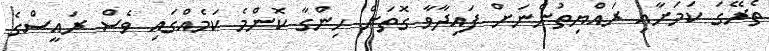
ތެރޭގަ ކަމަށާއި ރައްޔިތުންނަށް ފައިދާވާ ގޮތަށް ހިންގާ ކޮންމެ ކަމެއްގައި ވެސް ރައީސްގެ